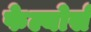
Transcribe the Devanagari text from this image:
फेल्योर्स